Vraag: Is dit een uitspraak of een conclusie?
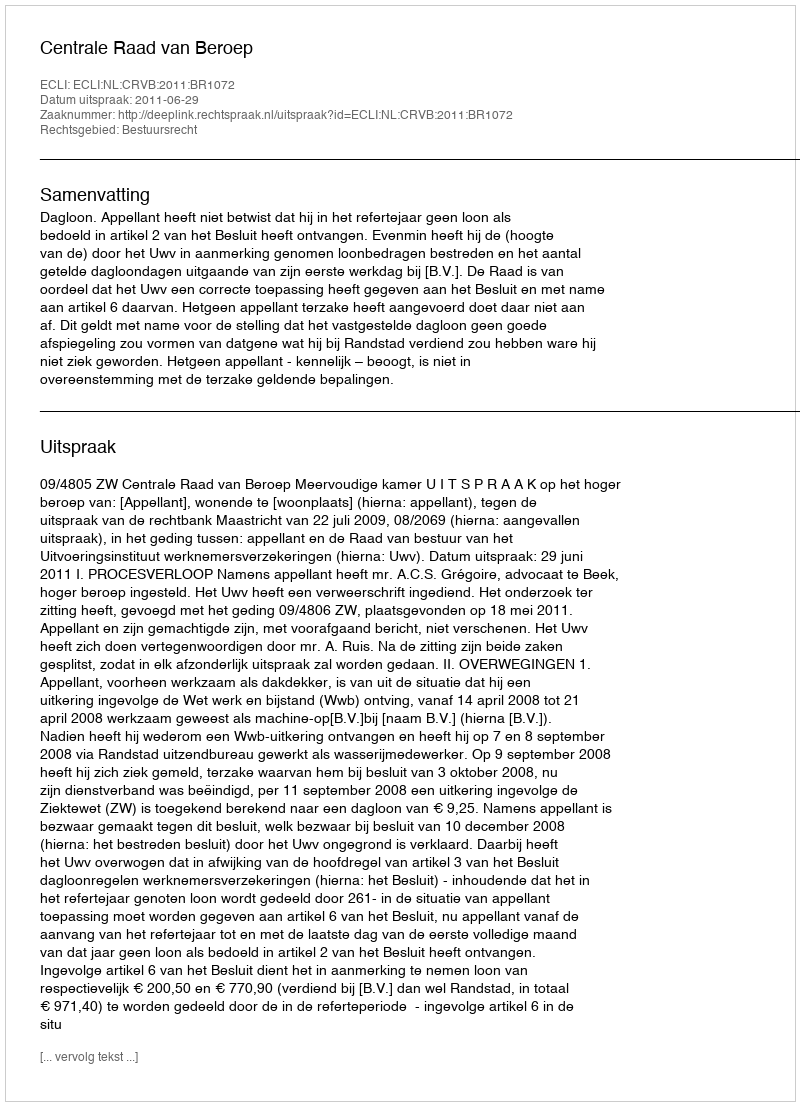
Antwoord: Uitspraak